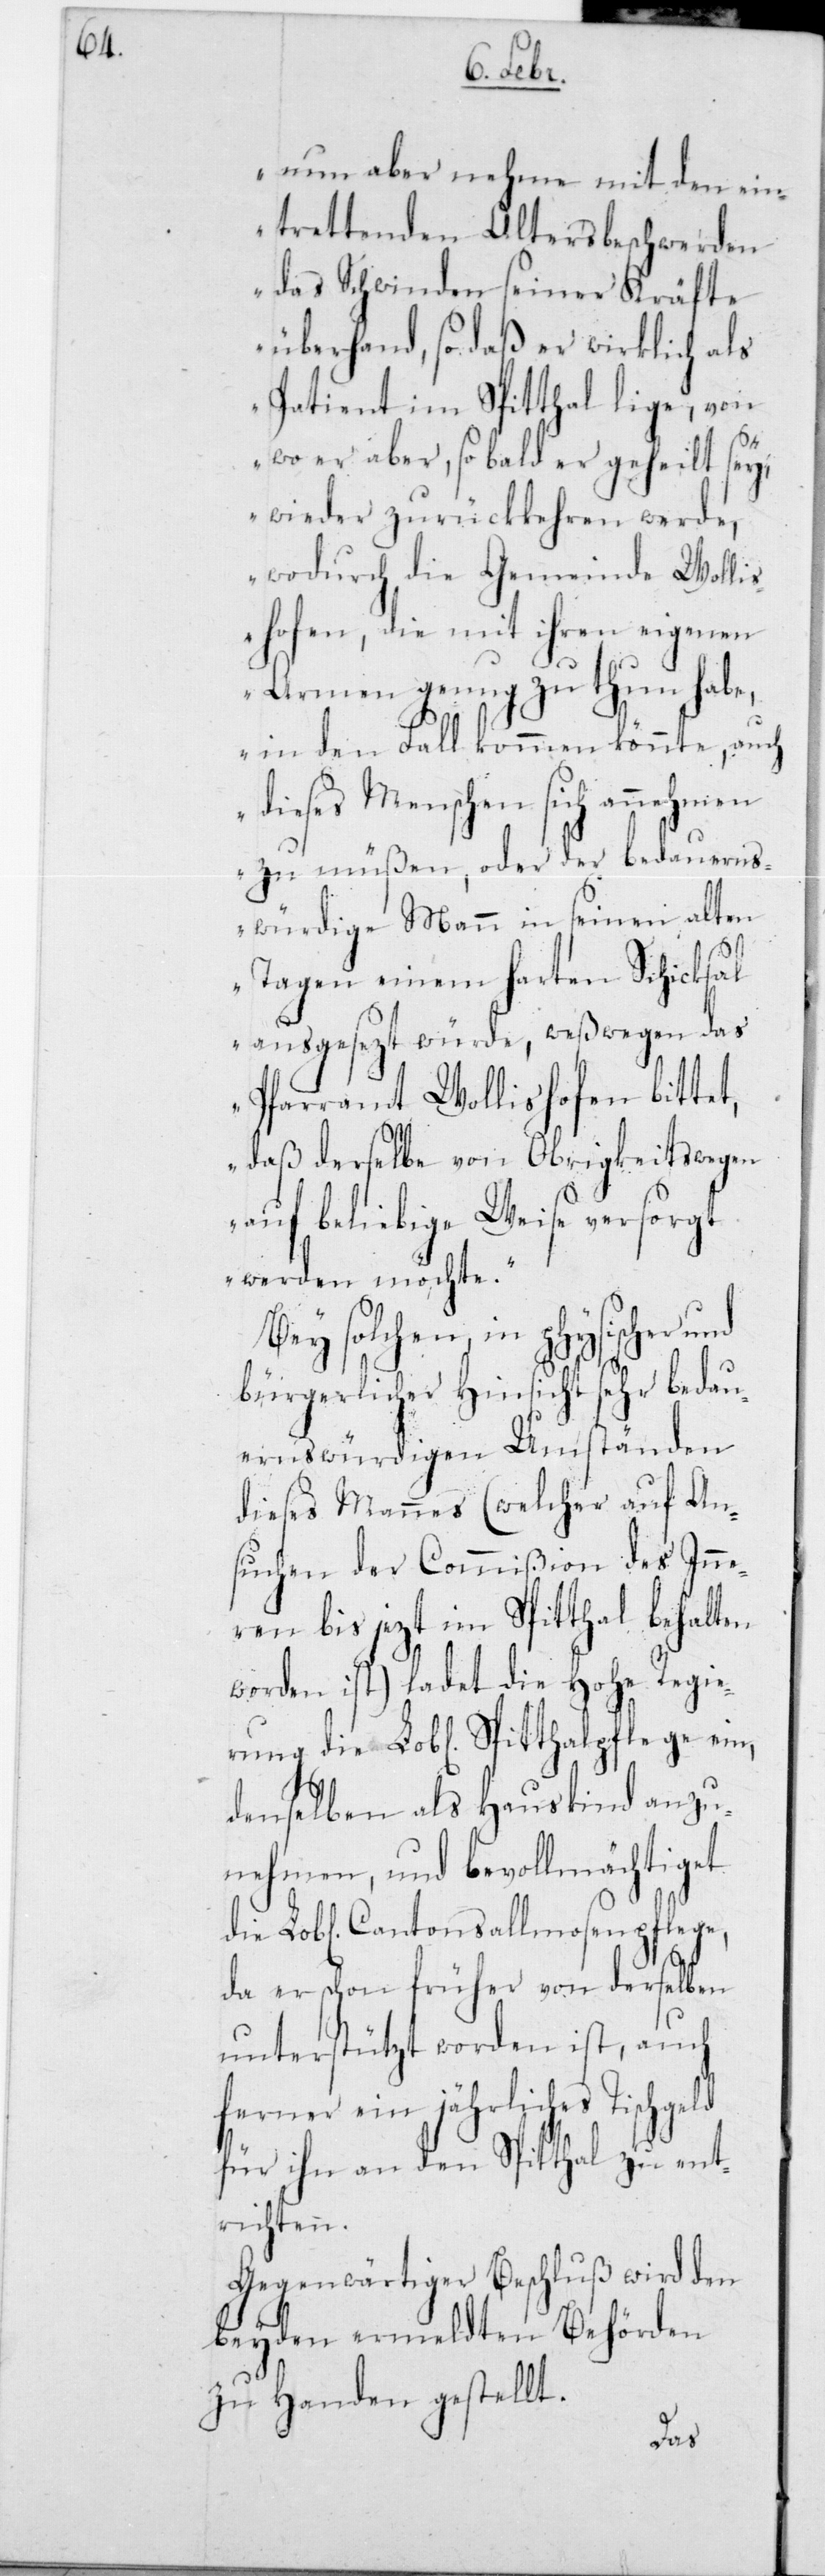
nun aber nehme mit den ein¬
trettenden Altersbeschwerden
das Schwinden seiner Kräfte
überhand, so daß er wirklich als
Patient im Spitthal liege, von
wo er aber, sobald er geheilt sey,
wieder zurückkehren werde,
wodurch die Gemeinde Wolli¬
shofen, die mit ihren eigenen
Armen genug zu tun habe,
in den Fall kommen könnte, auch
dieses Menschen sich annehmen
zu müßen, oder der bedauerns¬
würdige Mann in seinen alten
Tagen einem harten Schicksal
ausgesezt würde, weßwegen das
Pfarramt Wollishofen bittet,
daß derselbe von Obrigkeits wegen
auf beliebige Weise versorgt
werden möchte.
Bei solchen, in physischer und
bürgerlicher Hinsicht sehr bedau¬
ernswürdigen Umständen
dieses Mannes (welcher auf An¬
suchen der Commißion des Inne¬
rn bis jezt im Spitthal behalten
worden ist) ladet die Hohe Regie¬
rung die Lobl. Spitthalpflege ein,
denselben als Hauskind anzu¬
nehmen, und bevollmächtiget
die Lobl. Cantonsallmosenpflege,
da er schon früher von derselben
unterstützt worden ist, auch
ferner ein jährliches Tischgeld
für ihn an den Spitthal zu ent¬
richten.
Gegenwärtiger Beschluß wird den
beiden ermeldten Behörden
zu Handen gestellt.